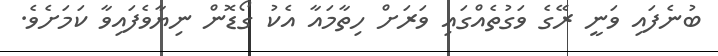
ބުނެފައި ވަނީ ރޭގެ ވަގުތެއްގައި ވަރަށް ހިތާމައާ އެކު ގޯޑޮން ނިޔާވެފައިވާ ކަމަށެވެ.